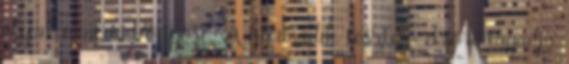
olyan, mint a Pöttyösé. A harmadik tesztelő elsőre tagadja